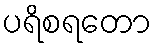
ပရိစရတော